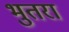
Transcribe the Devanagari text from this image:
भुतरा